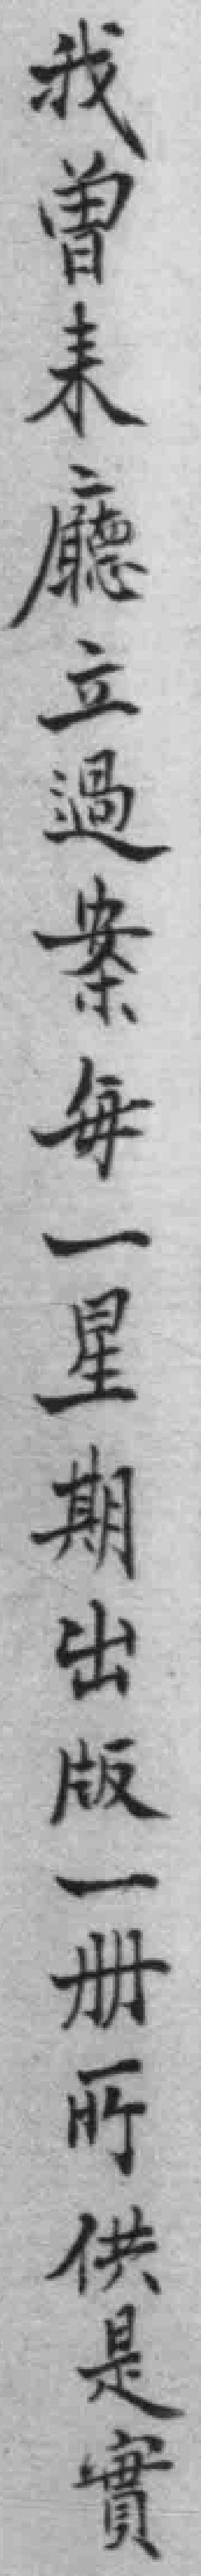
我曾来廳立過案每一星期出版一册*供是實